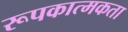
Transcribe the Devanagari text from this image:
रूपकात्मकता